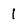
Character: 1